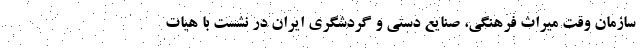
سازمان وقتِ میراث فرهنگی، صنایع دستی و گردشگری ایران در نشست با هیات